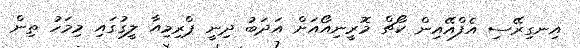
އިނގިރޭސި އެފްއޭއިން ކޯޗް މޮރީނިއޯއަށް އަދަބު ދިނީ ޕްރިމިއާ ލީގުގައި މިމަހު ތިން